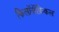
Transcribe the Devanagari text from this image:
फिलॉसॅफ़िकल